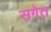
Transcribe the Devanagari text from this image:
सगेत